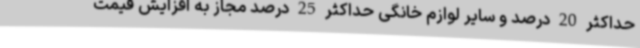
حداکثر 20 درصد و سایر لوازم خانگی حداکثر 25 درصد مجاز به افزایش قیمت